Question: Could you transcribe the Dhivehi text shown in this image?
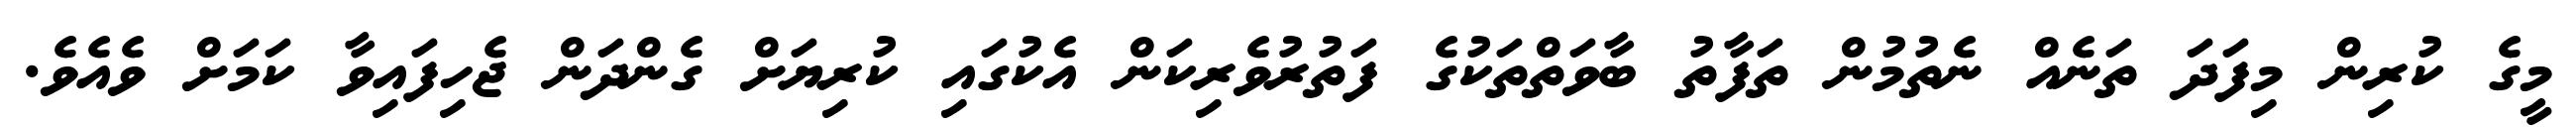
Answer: މީގެ ކުރިން މިފަދަ ތަނެއް ނެތުމުން ތަފާތު ބާވަތްތަކުގެ ފަތުރުވެރިކަން އެކުގައި ކުރިޔަށް ގެންދަން ޖެހިފައިވާ ކަމަށް ވެއެވެ.